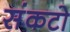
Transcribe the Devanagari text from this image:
संकटो